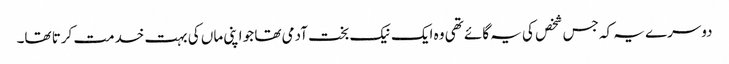
دوسرے یہ کہ جس شخص کی یہ گائے تھی وہ ایک نیک بخت آدمی تھا جو اپنی ماں کی بہت خدمت کرتا تھا۔